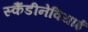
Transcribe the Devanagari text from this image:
स्कैंडीनेवियाई